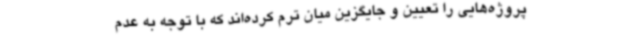
پروژه‌هایی را تعیین و جایگزین میان ترم کرده‌اند که با توجه به عدم